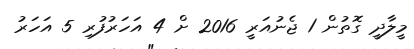
މީލާދީ ގޮތުން 1 ޖެނުއަރީ 2016 ށް 4 އަހަރުފުރި 5 އަހަރު